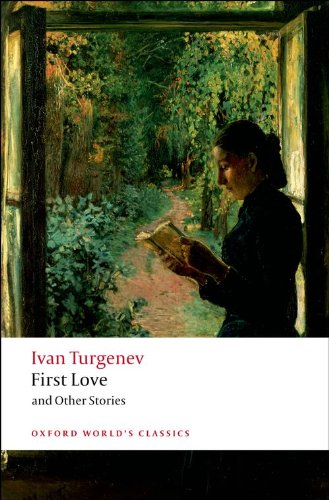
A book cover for First Love and Other Stories (Oxford World's Classics); Ivan Turgenev; Literature & Fiction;